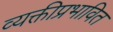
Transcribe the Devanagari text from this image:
व्यक्तीप्रभावित